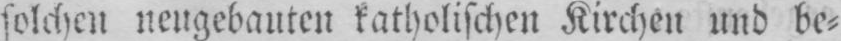
solchen neugebauten katholischen Kirchen und be⸗